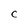
Character: C